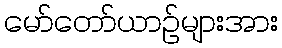
မော်တော်ယာဉ်များအား